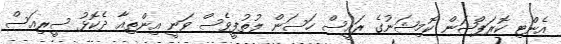
އެންޓި ކޮރަޕްޝަން ކޮމިޝަނުގެ ރައީސް ހަސަން ލުތުފީވެސް ވަނީ އިންތިއާ ދެކޮޅު ސީރިއަސް